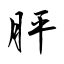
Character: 胓